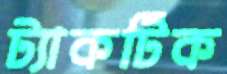
ট্যাকটিক